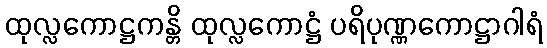
ထုလ္လကောဋ္ဌကန္တိ ထုလ္လကောဋ္ဌံ ပရိပုဏ္ဏကောဋ္ဌာဂါရံ